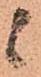
候